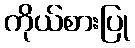
ကိုယ်စားပြု